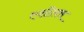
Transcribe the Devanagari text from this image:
एशीलस